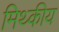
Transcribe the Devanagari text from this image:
मिथ्कीय